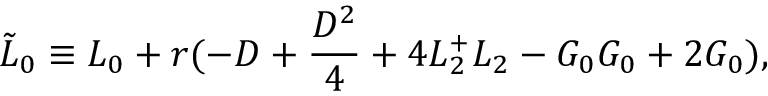
\tilde { L } _ { 0 } \equiv L _ { 0 } + r ( - D + \frac { D ^ { 2 } } { 4 } + 4 L _ { 2 } ^ { + } L _ { 2 } - G _ { 0 } G _ { 0 } + 2 G _ { 0 } ) ,